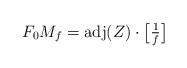
LaTeX: \begin{align*}F_0M_f={\rm adj}(Z)\cdot \big[\tfrac{1}{f}\big]\end{align*}